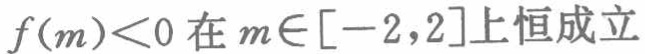
\(f(m)<0\)在\(m\in[-2,2]\)上恒成立